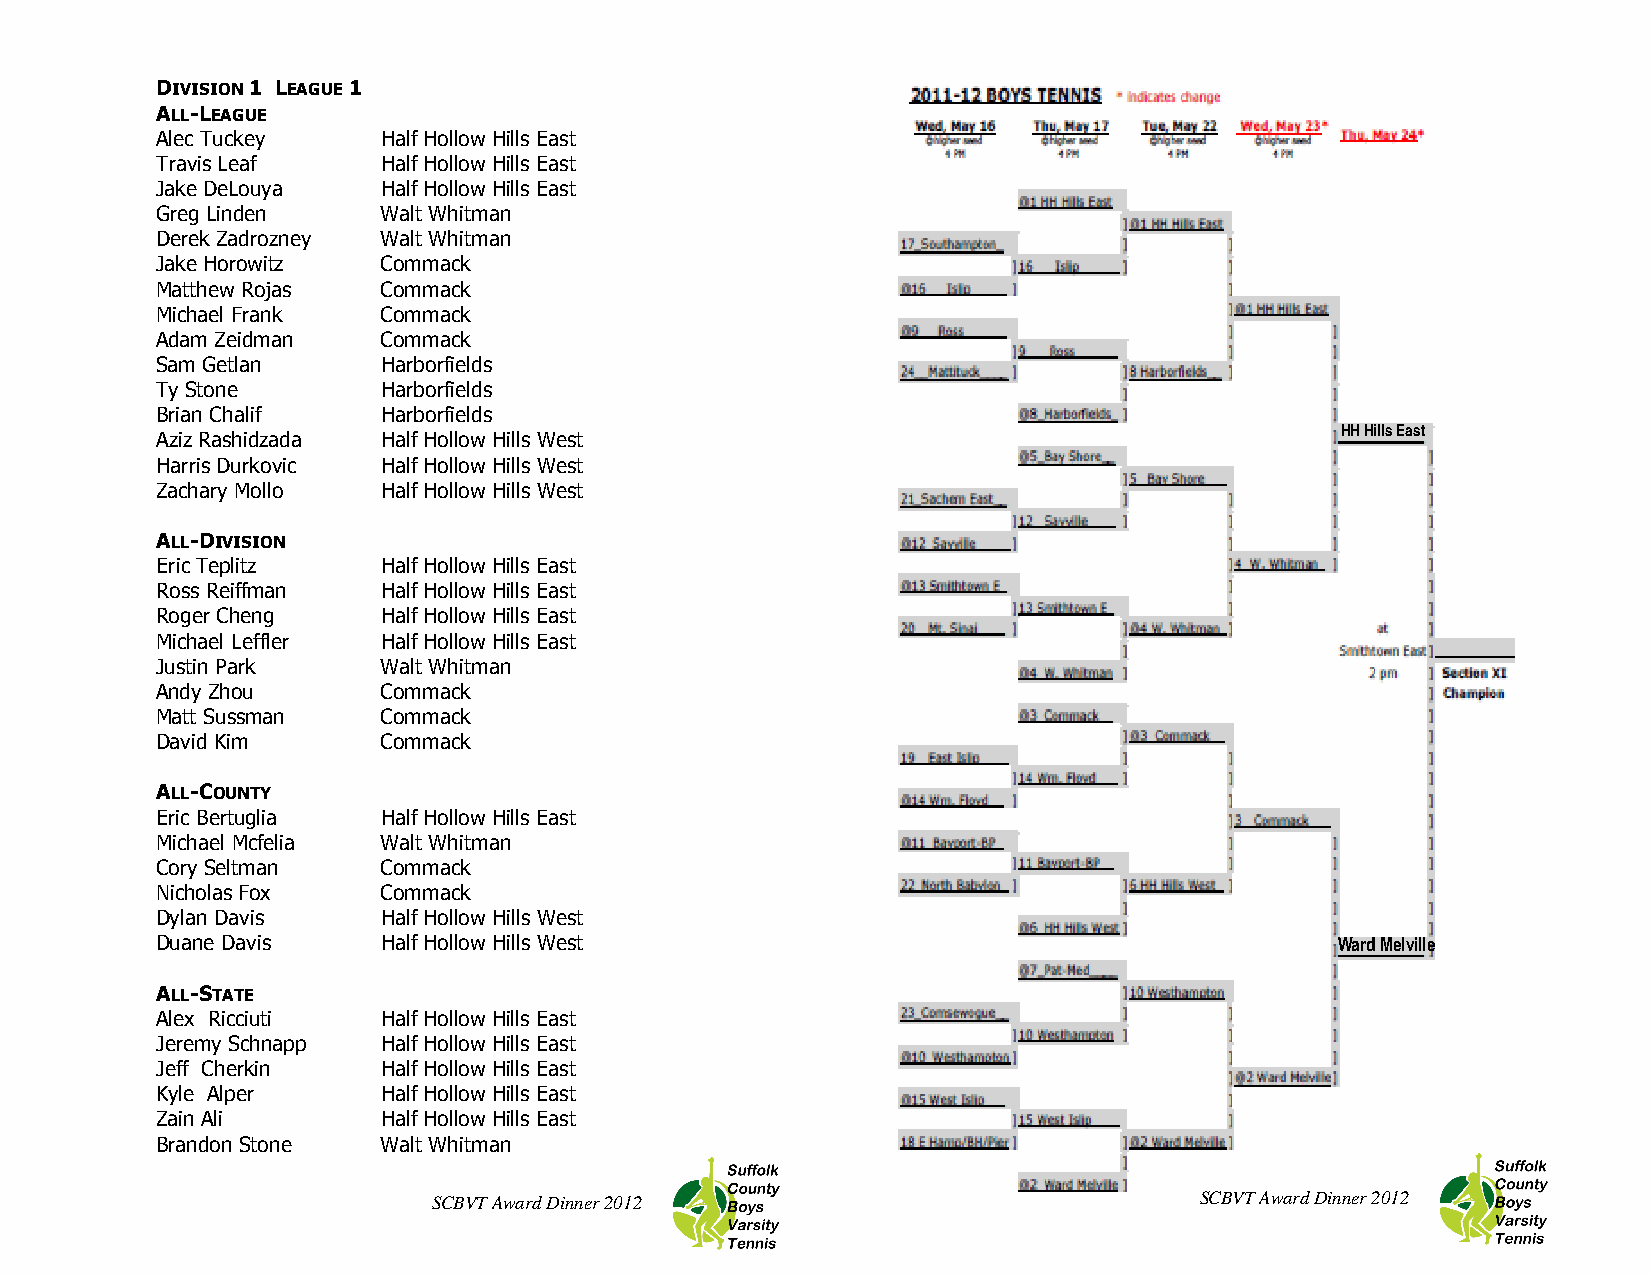
DIVISION 1 LEAGUE 1
 ALL-LEAGUE
 Alec Tuckey    Half Hollow Hills East
 Travis Leaf    Half Hollow Hills East
 Jake DeLouya   Half Hollow Hills East
 Greg Linden    Walt Whitman
 Derek Zadrozney Walt Whitman
 Jake Horowitz  Commack
 Matthew Rojas  Commack
 Michael Frank  Commack
 Adam Zeidman   Commack
 Sam Getlan     Harborfields
 Ty Stone       Harborfields
 Brian Chalif   Harborfields
 HH Hills East
 Aziz Rashidzada Half Hollow Hills West
 Harris Durkovic Half Hollow Hills West
 Zachary Mollo  Half Hollow Hills West
 ALL-DIVISION
 Eric Teplitz   Half Hollow Hills East
 Ross Reiffman  Half Hollow Hills East
 Roger Cheng    Half Hollow Hills East
 Michael Leffler Half Hollow Hills East
 Justin Park    Walt Whitman
 Andy Zhou      Commack
 Matt Sussman   Commack
 David Kim      Commack
 ALL-COUNTY
 Eric Bertuglia Half Hollow Hills East
 Michael Mcfelia Walt Whitman
 Cory Seltman   Commack
 Nicholas Fox   Commack
 Dylan Davis    Half Hollow Hills West
 Duane Davis    Half Hollow Hills West                                          Ward Melville
 ALL-STATE
 Alex Ricciuti  Half Hollow Hills East
 Jeremy Schnapp Half Hollow Hills East
 Jeff Cherkin   Half Hollow Hills East
 Kyle Alper     Half Hollow Hills East
 Zain Ali       Half Hollow Hills East
 Brandon Stone  Walt Whitman
 SCBVT Award Dinner 2012                           SCBVT Award Dinner 2012